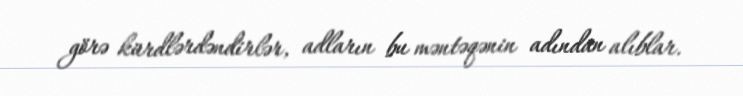
görə kürdlərdəndirlər, adların bu məntəqənin adından alıblar.